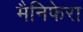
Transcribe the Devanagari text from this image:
मैनिफेरा